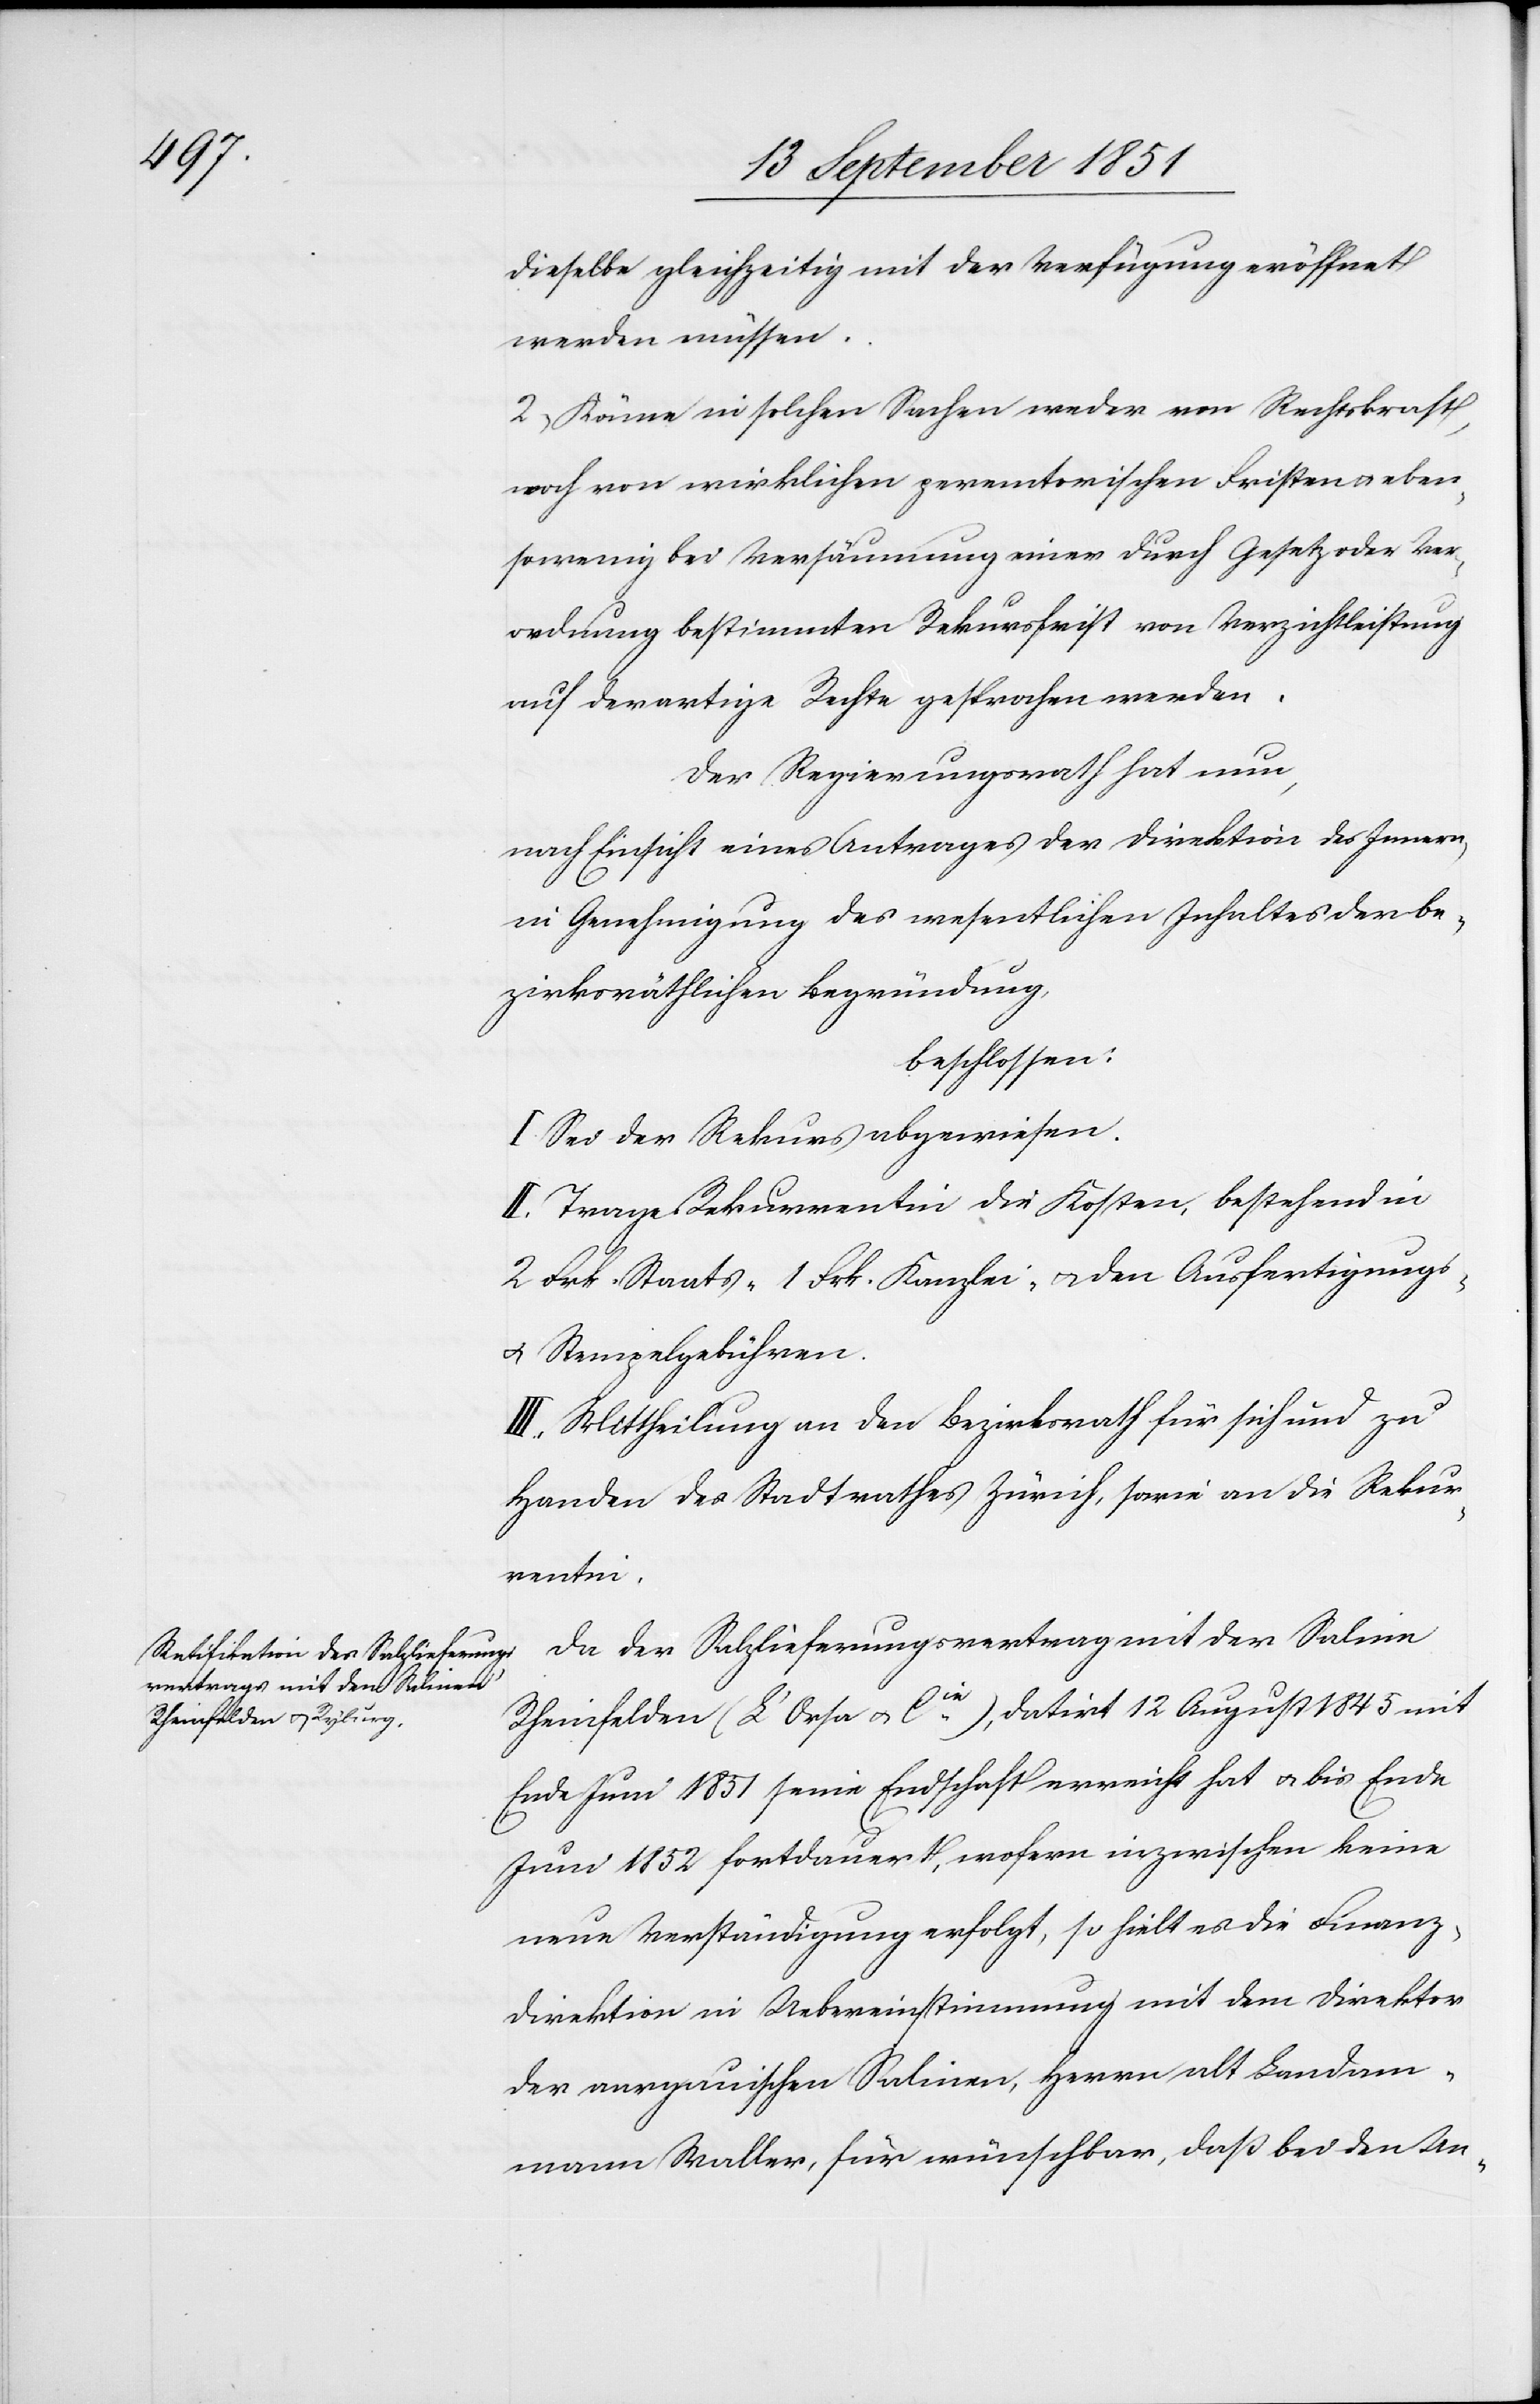
dieselbe gleichzeitig mit der Verfügung eröffnet
werden müssen.
2) Könne in solchen Sachen weder von Rechtskraft,
noch von wirklichen peremtorischen Fristen & eben¬
sowenig bei Versäumung einer durch Gesetz oder Ver¬
ordnung bestimmten Rekursfrist von Verzichtleistung
auf derartige Rechte gesprochen werden.
Der Regierungsrath hat nun,
nach Einsicht eines Antrages der Direktion des Innern,
in Genehmigung des wesentlichen Inhaltes der be¬
zirksräthlichen Begründung,
beschlossen:
I. Sei der Rekurs abgewiesen.
II. Trage Rekurrentin die Kosten, bestehend in
2 Frk. Staats-[,] 1 Frk. Kanzlei- & den Ausfertigungs-
& Stempelgebühren.
III. Mittheilung an den Bezirksrath für sich und zu
Handen des Stadtrathes Zürich, sowie an die Rekur¬
rentin.
Da der Salzlieferungsvertrag mit der Saline
Rheinfelden (L’Orsa & Cie.), datirt 12 August 1845 mit
Ende Juni 1851 seine Endschaft erreicht hat & bis Ende
Juni 1852 fortdauert, wofern inzwischen keine
neue Verständigung erfolgt, so hielt es die Finanz¬
direktion in Uebereinstimmung mit dem Direktor
der aargauischen Salinen, Herrn alt Landam¬
mann Waller, für wünschbar, daß bei den Un-